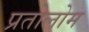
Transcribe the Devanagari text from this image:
प्रतोलोम